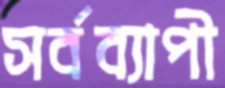
সর্বব্যাপী